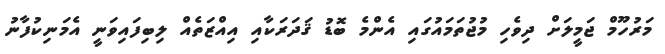
މަރުހޫމް ޖަމީލަށް ދިވެހި މުޖުތަމައުގައި އެންމެ ބޮޑު ޤަދަރަކާއި އިއްޒަތެއް ލިބިފައިވަނީ އެމަނިކުފާނު